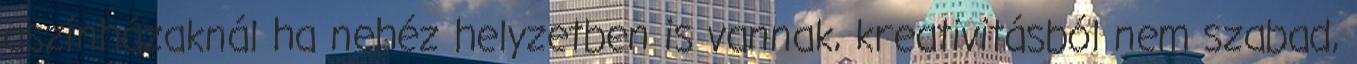
aszínházaknál ha nehéz helyzetben is vannak, kreativitásból nem szabad,